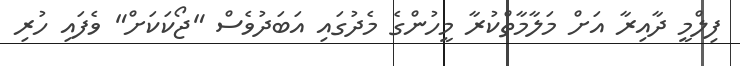
ފިލްމީ ދާއިރާ އަށް މަލާމާތްކުރާ މީހުންގެ މެދުގައި އަބަދުވެސް "ޖޯކަކަށް" ވެފައި ހުރި